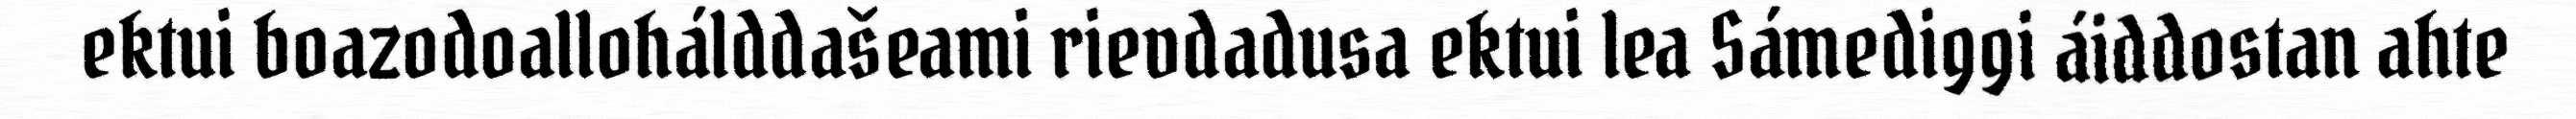
ektui boazodoallohálddašeami rievdadusa ektui lea Sámediggi áiddostan ahte